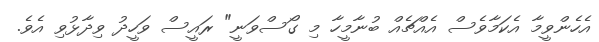
އެހެންވީމާ އެކަމާވެސް އެއްޗެއް ބުނާމީހާ މި ގޯސްވަނީ" ރައީސް ވަހީދު ވިދާޅުވި އެވެ.